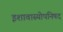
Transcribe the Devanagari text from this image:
इशावास्योपनिषद